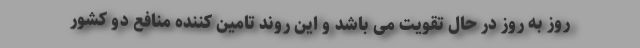
روز به روز در حال تقویت می باشد و این روند تامین‌ کننده منافع دو کشور